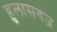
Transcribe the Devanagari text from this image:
हुलासगंज